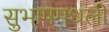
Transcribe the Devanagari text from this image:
सुभाषमधली